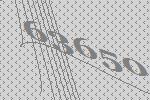
63650